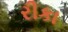
રીકા